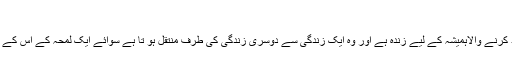
‘‘ (سرالاسرار)
اللہ تعالیٰ کو یاد کرنے والاہمیشہ کے لیے زندہ ہے اور وہ ایک زندگی سے دوسری زندگی کی طرف منتقل ہو تا ہے سوائے ایک لمحہ کے اس کے لیے موت نہیں۔